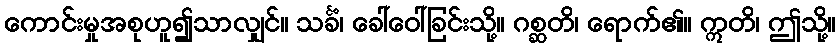
ကောင်းမှုအစုဟူ၍သာလျှင်။ သင်္ခံ၊ ခေါ်ဝေါ်ခြင်းသို့။ ဂစ္ဆတိ၊ ရောက်၏။ ဣတိ၊ ဤသို့။